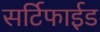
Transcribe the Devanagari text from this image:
सर्टिफाईड